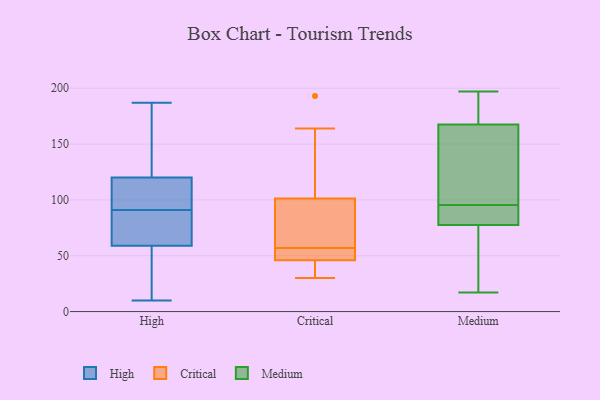
{"axis": {"x": "LTV (USD)", "y": "Value"}, "legend": ["Critical", "High", "Medium"], "data": [{"x": "", "y": 94, "type": "High"}, {"x": "", "y": 186, "type": "High"}, {"x": "", "y": 59, "type": "High"}, {"x": "", "y": 187, "type": "High"}, {"x": "", "y": 107, "type": "High"}, {"x": "", "y": 17, "type": "High"}, {"x": "", "y": 172, "type": "High"}, {"x": "", "y": 95, "type": "High"}, {"x": "", "y": 150, "type": "High"}, {"x": "", "y": 120, "type": "High"}, {"x": "", "y": 13, "type": "High"}, {"x": "", "y": 10, "type": "High"}, {"x": "", "y": 117, "type": "High"}, {"x": "", "y": 73, "type": "High"}, {"x": "", "y": 85, "type": "High"}, {"x": "", "y": 25, "type": "High"}, {"x": "", "y": 88, "type": "High"}, {"x": "", "y": 82, "type": "High"}, {"x": "", "y": 39, "type": "Critical"}, {"x": "", "y": 47, "type": "Critical"}, {"x": "", "y": 30, "type": "Critical"}, {"x": "", "y": 164, "type": "Critical"}, {"x": "", "y": 55, "type": "Critical"}, {"x": "", "y": 150, "type": "Critical"}, {"x": "", "y": 85, "type": "Critical"}, {"x": "", "y": 73, "type": "Critical"}, {"x": "", "y": 43, "type": "Critical"}, {"x": "", "y": 193, "type": "Critical"}, {"x": "", "y": 57, "type": "Critical"}, {"x": "", "y": 60, "type": "Critical"}, {"x": "", "y": 52, "type": "Critical"}, {"x": "", "y": 73, "type": "Medium"}, {"x": "", "y": 78, "type": "Medium"}, {"x": "", "y": 171, "type": "Medium"}, {"x": "", "y": 155, "type": "Medium"}, {"x": "", "y": 164, "type": "Medium"}, {"x": "", "y": 197, "type": "Medium"}, {"x": "", "y": 79, "type": "Medium"}, {"x": "", "y": 197, "type": "Medium"}, {"x": "", "y": 77, "type": "Medium"}, {"x": "", "y": 17, "type": "Medium"}, {"x": "", "y": 79, "type": "Medium"}, {"x": "", "y": 112, "type": "Medium"}]}